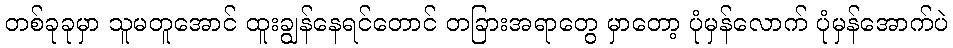
တစ်ခုခုမှာ သူမတူအောင် ထူးချွန်နေရင်တောင် တခြားအရာတွေ မှာတော့ ပုံမှန်လောက် ပုံမှန်အောက်ပဲ